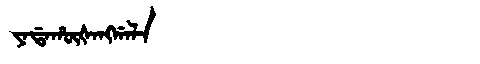
Manchu: ᠶᠠᡩᠠᡥᡡᡧᠠᠩᡤᠠᠯᠠ
Romanization: YADAHŪŠANGGALA